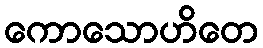
ကောသောဟိတေ